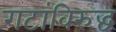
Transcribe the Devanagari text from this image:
गटांविरुद्ध